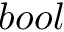
b o o l